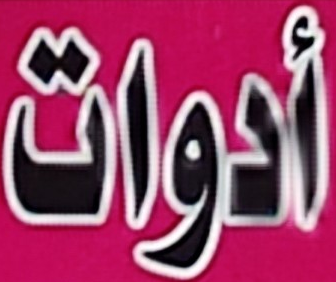
أدوات